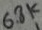
Text: 6.8k